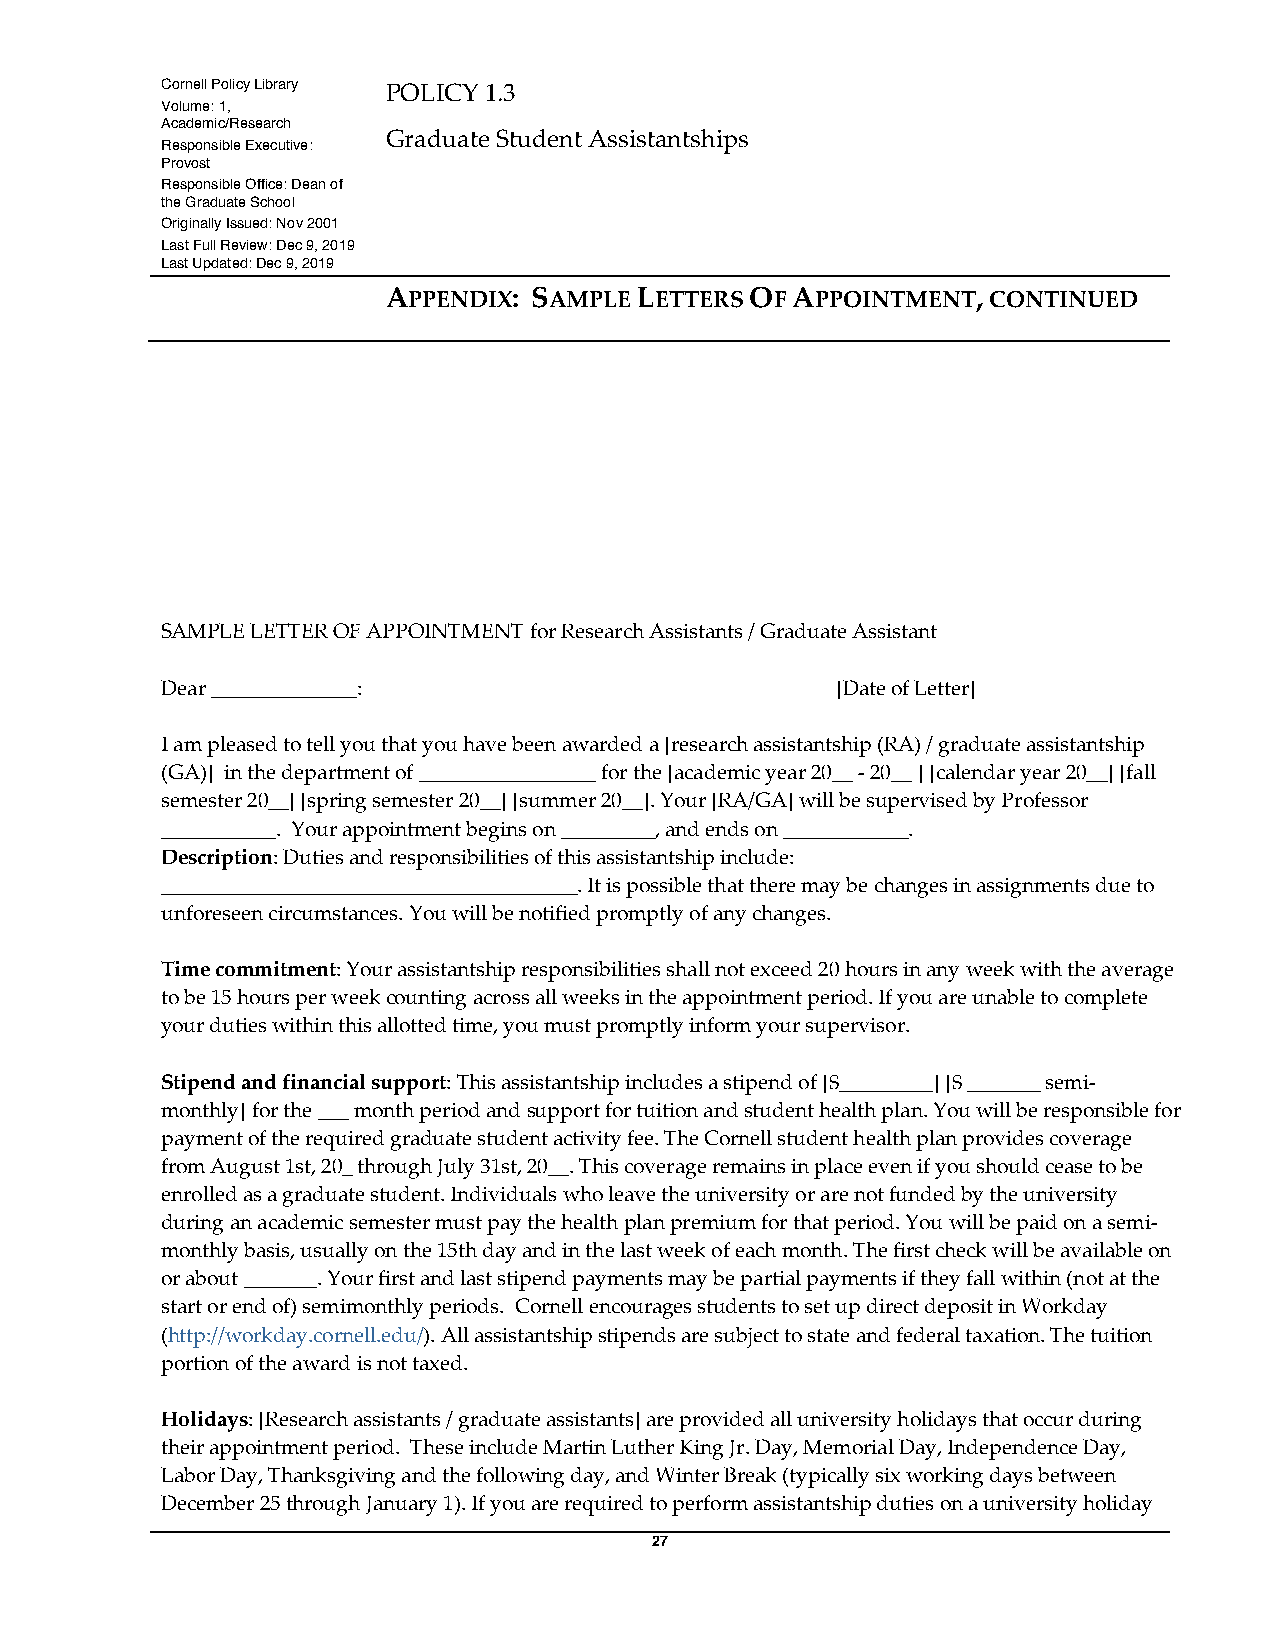
Cornell Policy Library POLICY 1.3
 Volume: 1,
 Academic/Research
 Graduate Student Assistantships
 Responsible Executive:
 Provost
 Responsible Office: Dean of
 the Graduate School
 Originally Issued: Nov 2001
 Last Full Review: Dec 9, 2019
 Last Updated: Dec 9, 2019
 APPENDIX: SAMPLE LETTERS OF APPOINTMENT, CONTINUED
 SAMPLE LETTER OF APPOINTMENT for Research Assistants / Graduate Assistant
 Dear ______________:                        [Date of Letter]
 I am pleased to tell you that you have been awarded a [research assistantship (RA) / graduate assistantship
 (GA)] in the department of _________________ for the [academic year 20__ - 20__ ] [calendar year 20__] [fall
 semester 20__] [spring semester 20__] [summer 20__]. Your [RA/GA] will be supervised by Professor
 ___________. Your appointment begins on _________, and ends on ____________.
 Description: Duties and responsibilities of this assistantship include:
 ________________________________________. It is possible that there may be changes in assignments due to
 unforeseen circumstances. You will be notified promptly of any changes.
 Time commitment: Your assistantship responsibilities shall not exceed 20 hours in any week with the average
 to be 15 hours per week counting across all weeks in the appointment period. If you are unable to complete
 your duties within this allotted time, you must promptly inform your supervisor.
 Stipend and financial support: This assistantship includes a stipend of [$_________] [$ _______ semi-
 monthly] for the ___ month period and support for tuition and student health plan. You will be responsible for
 payment of the required graduate student activity fee. The Cornell student health plan provides coverage
 from August 1st, 20_ through July 31st, 20__. This coverage remains in place even if you should cease to be
 enrolled as a graduate student. Individuals who leave the university or are not funded by the university
 during an academic semester must pay the health plan premium for that period. You will be paid on a semi-
 monthly basis, usually on the 15th day and in the last week of each month. The first check will be available on
 or about _______. Your first and last stipend payments may be partial payments if they fall within (not at the
 start or end of) semimonthly periods. Cornell encourages students to set up direct deposit in Workday
 (http://workday.cornell.edu/). All assistantship stipends are subject to state and federal taxation. The tuition
 portion of the award is not taxed.
 Holidays: [Research assistants / graduate assistants] are provided all university holidays that occur during
 their appointment period. These include Martin Luther King Jr. Day, Memorial Day, Independence Day,
 Labor Day, Thanksgiving and the following day, and Winter Break (typically six working days between
 December 25 through January 1). If you are required to perform assistantship duties on a university holiday
 27